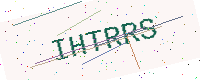
Text: IHTRRS